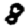
Digit: 8